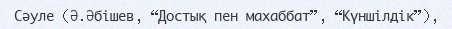
Сәуле (Ә.Әбішев, “Достық пен махаббат”, “Күншілдік”),